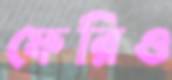
ফেরিও